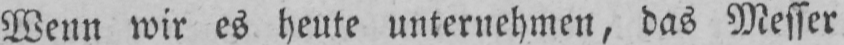
Wenn wir es heute unternehmen, das Messer